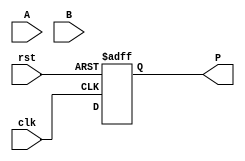
module wallace_tree_multiplier #(parameter N = 8) (
    input  wire [N-1:0] A,      // Multiplicand
    input  wire [N-1:0] B,      // Multiplier
    input  wire clk,            // Clock signal
    input  wire rst,            // Reset signal
    output reg [2*N-1:0] P      // Product
);

    // Partial products
    wire [N-1:0] pp [0:N-1]; // Partial products array

    // Generate partial products
    genvar i;
    generate
        for (i = 0; i < N; i = i + 1) begin : pp_gen
            assign pp[i] = A & {N{B[i]}}; // ANDing A with each bit of B
        end
    endgenerate

    // Wallace tree reduction
    wire [N-1:0] sum [0:N-1]; // Sums at each level
    wire [N-1:0] carry [0:N-1]; // Carries at each level

    // First layer of reduction
    generate
        for (i = 0; i < N; i = i + 1) begin : first_layer
            if (i < N-1) begin
                assign {carry[0][i], sum[0][i]} = pp[i][0] + pp[i+1][0]; // Example for first bit
            end
            // Repeat for other bits
            // Note: This is a simplified example; you would need to handle all bits and carry propagation
        end
    endgenerate

    // Further layers of reduction would go here
    // This is a simplified example; you would need to implement the full Wallace tree logic

    // Final addition (simple adder for demonstration)
    always @(posedge clk or posedge rst) begin
        if (rst) begin
            P <= 0;
        end else begin
            // Final addition logic (this is a placeholder)
            P <= {carry[N-1], sum[N-1]}; // Combine last carry and sum
        end
    end

endmodule